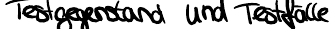
Testgegenstand und Testfälle